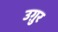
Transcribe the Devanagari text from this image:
उग़ुर